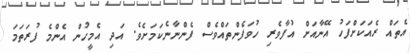
އެތައް ރެއަކަށްފަހު އޭނާއަށް އުފާވެރި ހުވަފެންތައްވެސް ފެންނާނެކަމަށެވެ. އަދި އެމީހުން އެންމެ ފުރަތަމަ